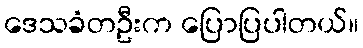
ဒေသခံတဦးက ပြောပြပါတယ်။